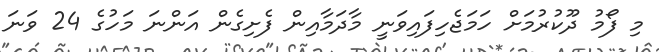
މި ފޯމު ދޫކުރުމަށް ހަމަޖެހިފައިވަނީ މާދަމާއިން ފެށިގެން އަންނަ މަހުގެ 24 ވަނަ